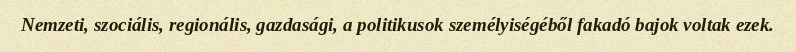
Nemzeti, szociális, regionális, gazdasági, a politikusok személyiségéből fakadó bajok voltak ezek.